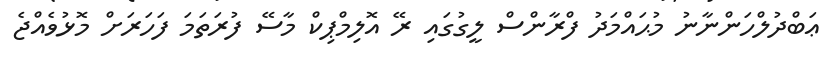
ޢަބްދުލްހަންނާނު މުޙައްމަދު ފްރާންސް ލީގުގައި ރޭ އޮލިމްޕިކް މާސޭ ފުރަތަމަ ފަހަރަށް މޮޅުވެއްޖެ